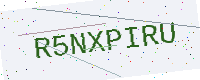
Text: R5NXPIRU